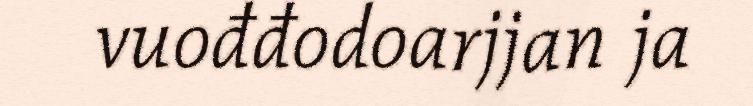
vuođđodoarjjan ja